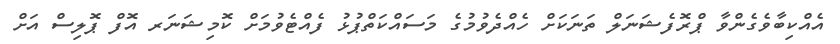
އެއްކިބާވެގެންވާ ޕްރޮފެޝަނަލް ތަނަކަށް ހެއްދެވުމުގެ މަސައްކަތްޕުޅު ފެއްޓެވުމަށް ކޮމިޝަނަރ އޮފް ޕޮލިސް އަށް